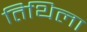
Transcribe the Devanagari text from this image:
तिथिला